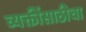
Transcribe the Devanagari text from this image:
व्यक्तींसाठीचा